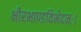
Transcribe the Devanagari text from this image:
क्षीरभाण्डविभेदनः।